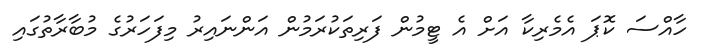
ހާއްސަ ކޮޕަ އެމެރިކާ އަށް އެ ޓީމުން ފަރިތަކުރަމުން އަންނައިރު މިފަހަރުގެ މުބާރާތުގައި